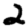
Digit: 2